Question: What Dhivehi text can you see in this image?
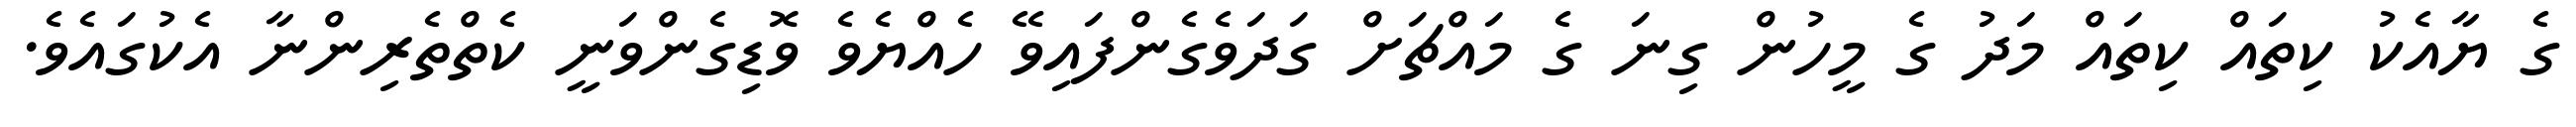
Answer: ގެ ޔާއެކު ކިތައް ކިތައް މަދު ގެ މީހުން ގިނަ ގެ މައްޗަށް ގަދަވެގެންފައިވޭ ހެއްޔެވެ ވޮޑިގެންވަނީ ކެތްތެރިންނާ އެކުގައެވެ.